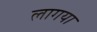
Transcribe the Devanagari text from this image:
लागया